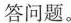
答问题。